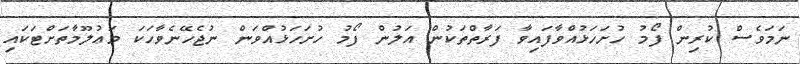
ނަމަވެސް ކުރިން ފޯމު ހުށަހަޅުއްވާފައިވާ ފަރާތްތަކުން އަލުން ފޯމު ހުށަހަޅުއްވަން ނުޖެހޭނެވާހަކަ މަޢުލޫމާތަށްޓަކައި